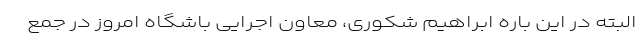
البته در این باره ابراهیم شکوری، معاون اجرایی باشگاه امروز در جمع